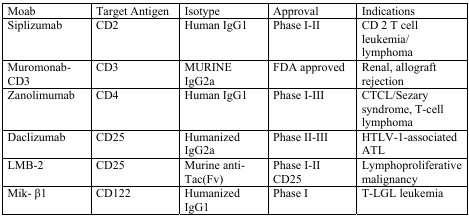
| Moab | Target Antigen | Isotype | Approval | Indications |
 | --- | --- | --- | --- | --- |
 | Siplizumab | CD2 | Human IgG1 | Phase I-II | CD 2 T cell leukemia/ lymphoma |
 | Muromonab-CD3 | CD3 | MURINE IgG2a | FDA approved | Renal, allograft rejection |
 | Zanolimumab | CD4 | Human IgG1 | Phase I-III | CTCL/Sezary syndrome, T-cell lymphoma |
 | Daclizumab | CD25 | Humanized IgG2a | Phase II-III | HTLV-1-associated ATL |
 | LMB-2 | CD25 | Murine anti-Tac(Fv) | Phase I-II CD25 | Lymphoproliferative malignancy |
 | Mik- β1 | CD122 | Humanized IgG1 | Phase I | T-LGL leukemia |